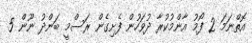
އޮތްނަމަ 2 ފޯމު އާންމުކުރާ ދުވަހުން ފެށިގެން ރަސްމީ ބަންދު ނޫން 5